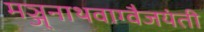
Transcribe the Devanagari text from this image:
मञ्जुनाथवाग्वैजयंती